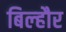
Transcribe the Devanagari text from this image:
बिल्‍हौर